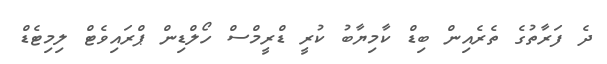
ދެ ފަރާތުގެ ތެރެއިން ބިޑް ކާމިޔާބު ކުރީ ޑްރީމްސް ހޯލްޑިން ޕްރައިވެޓް ލިމިޓެޑް